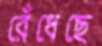
রেঁধেছে